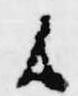
候